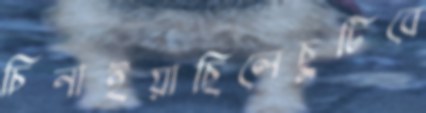
চিনাইয়াছিলেছুটিবে